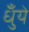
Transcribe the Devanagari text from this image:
धुँये